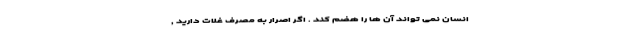
انسان نمی تواند آن ها را هضم کند . اگر اصرار به مصرف غلات دارید ,